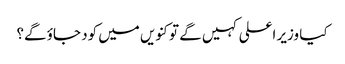
کیا وزیر اعلی کہیں گے تو کنویں میں کود جاؤ گے؟